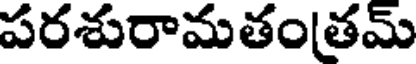
పరశురామతంతమ్